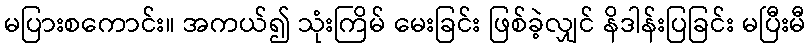
မပြားစကောင်း။ အကယ်၍ သုံးကြိမ် မေးခြင်း ဖြစ်ခဲ့လျှင် နိဒါန်းပြခြင်း မပြီးမီ